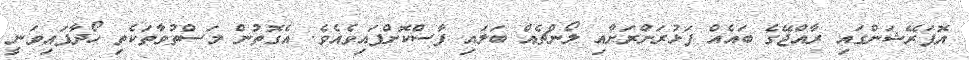
އޮޕަރޭޝަންގައި ރާއްޖޭގެ ބައެއް ފަޅުރަށްރަށާއި ލޯންޗެއް ބަލައި ފާސްކޮށްފައިވެއެވެ. އެގޮތުން މަސްތުވާތަކެތި ހޯދާފައިވަނީ